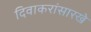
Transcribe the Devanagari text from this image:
दिवाकरांसारखे